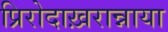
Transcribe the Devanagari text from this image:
प्रिरोदाख़रान्नाया